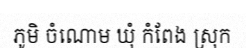
ភូមិ ចំណោម ឃុំ កំពែង ស្រុក